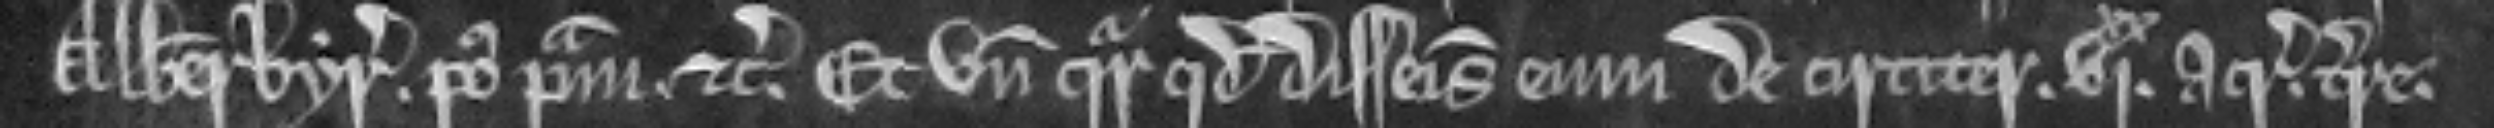
Alberbyr. post primam etc. Et unde queritur quod disseisivit eum de circiter vixx acris terre.